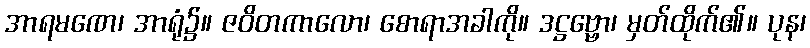
အာရမဏေ၊ အာရုံ၌။ ဇဝိတကာလော၊ စောရာအခါကို။ ဒဋ္ဌဗ္ဗော၊ မှတ်ထိုက်၏။ ပုန၊